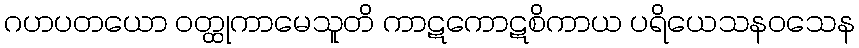
ဂဟပတယော ဝတ္ထုကာမေသူတိ ကာဋကောဋစိကာယ ပရိယေသနဝသေန